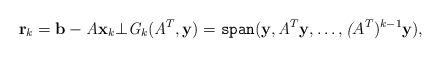
LaTeX: \begin{align*}\textbf{r}_{k}=\textbf{b}-\textit{A}\textbf{x}_{k}\bot\textit{G}_{k}(\textit{A}^{T}, \textbf{y})=\texttt{span}(\textbf{y}, \textit{A}^{T}\textbf{y},\ldots,\textit({A}^{T})^{k-1}\textbf{y}),\end{align*}